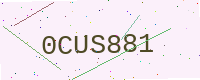
Text: 0CUS881